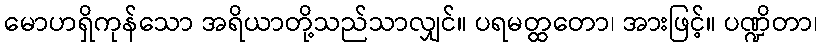
မောဟရှိကုန်သော အရိယာတို့သည်သာလျှင်။ ပရမတ္ထတော၊ အားဖြင့်။ ပဏ္ဍိတာ၊